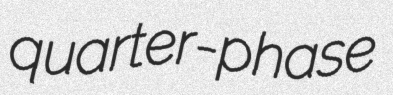
quarter-phase